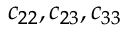
c _ { 2 2 } , c _ { 2 3 } , c _ { 3 3 }